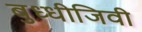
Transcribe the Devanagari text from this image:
बुध्धीजिवी